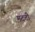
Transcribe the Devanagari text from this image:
मदती